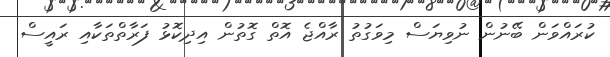
ކުރައްވަން ބޭނުން ނުވިޔަސް މިވަގުތު ރާއްޖެ އޮތް ގޮތުން އިދިކޮޅު ފަރާތްތަކާއި ރައީސް